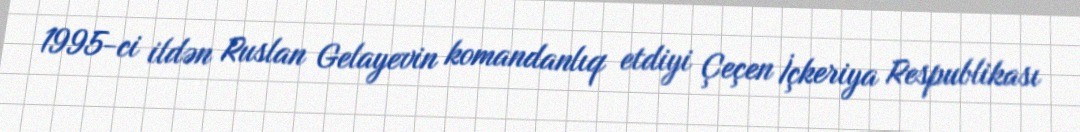
1995-ci ildən Ruslan Gelayevin komandanlıq etdiyi Çeçen İçkeriya Respublikası